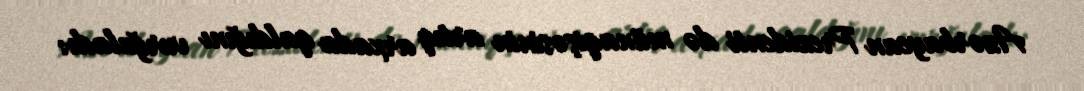
Azərbaycan Prezidenti də münaqişəsinin artıq arxada qaldığını vurğuladı: